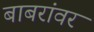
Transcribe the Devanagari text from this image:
बाबरांवर